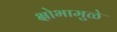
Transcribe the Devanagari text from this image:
क्षोभामुळे